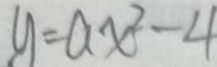
y = a x ^ { 2 } - 4